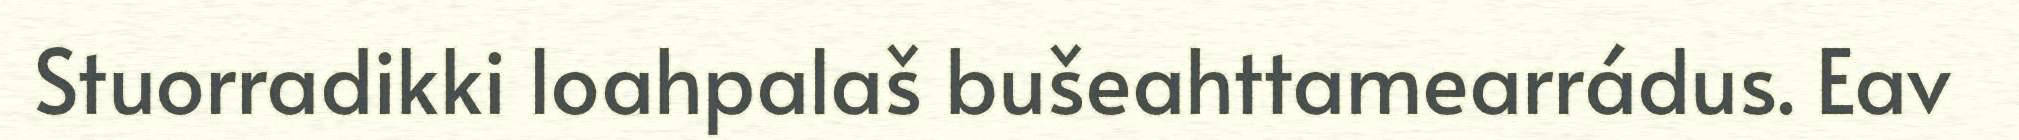
Stuorradikki loahpalaš bušeahttamearrádus. Eav